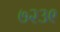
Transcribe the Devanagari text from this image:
७२३९